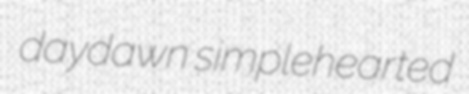
daydawn simplehearted